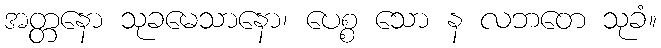
အတ္တနော သုခမေသာနော၊ ပေစ္စ သော န လဘတေ သုခံ။